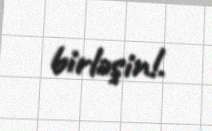
birləşin!.